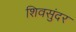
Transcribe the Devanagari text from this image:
शिवसुंदर